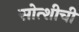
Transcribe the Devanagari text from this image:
सोत्शीची